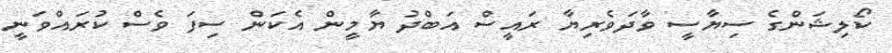
ކޯލިޝަންގެ ސިޔާސީ ވާދަވެރިޔާ ރައީސް އަބްދު ޔާމީން އެކަން ސިފަ ވެސް ކުރައްވަނީ